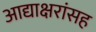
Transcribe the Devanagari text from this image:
आद्याक्षरांसह